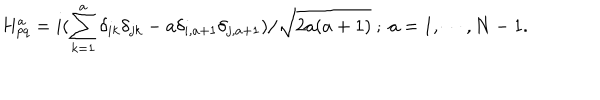
H _ { p q } ^ { a } = i ( \sum _ { k = 1 } ^ { a } \delta _ { i k } \delta _ { j k } - a \delta _ { i , a + 1 } \delta _ { j , a + 1 } ) / \sqrt { 2 a ( a + 1 ) } ~ ; ~ a = 1 , \cdots , N - 1 .